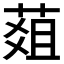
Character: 𦵔